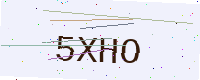
Text: 5XHO